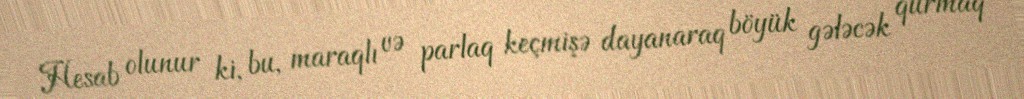
Hesab olunur ki, bu, maraqlı və parlaq keçmişə dayanaraq böyük gələcək qurmaq